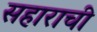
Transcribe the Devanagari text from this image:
सहाराची